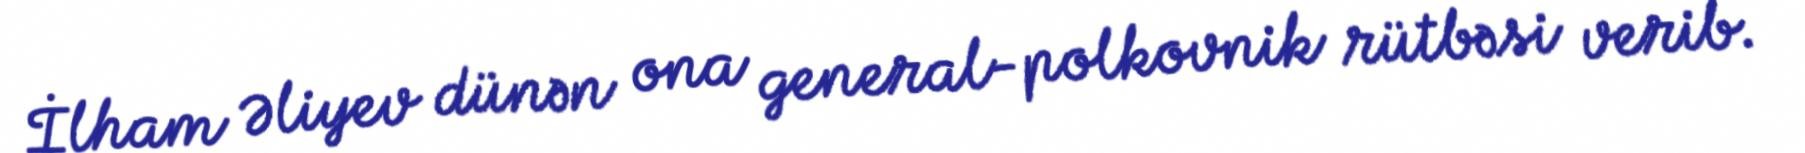
İlham Əliyev dünən ona general-polkovnik rütbəsi verib.